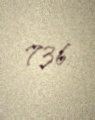
736